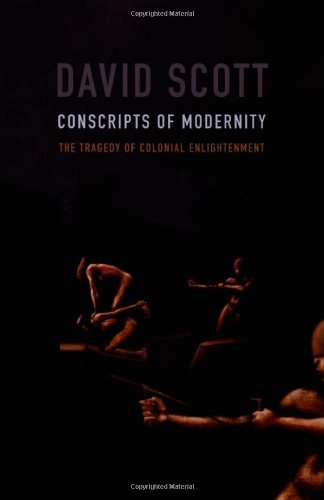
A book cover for Conscripts of Modernity: The Tragedy of Colonial Enlightenment; David Scott; History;